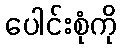
ပေါင်းစုံကို